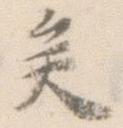
矣